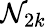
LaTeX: \mathcal{N}_{2k}